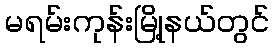
မရမ်းကုန်းမြို့နယ်တွင်